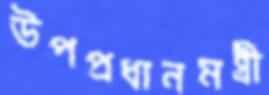
উপপ্রধানমন্ত্রী